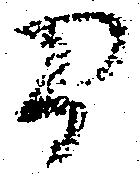
間